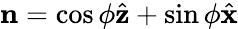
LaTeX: \mathbf{n}=\cos{\phi}\hat{\mathbf{z}}+\sin{\phi}\hat{\mathbf{x}}